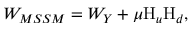
W _ { M S S M } = W _ { Y } + \mu \mathrm { H } _ { u } \mathrm { H } _ { d } ,